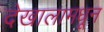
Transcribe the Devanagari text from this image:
देखालामधून